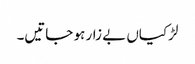
لڑکیاں بے زار ہو جاتیں۔